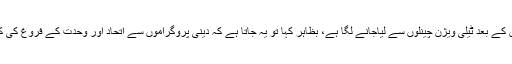
اب پاکستان میں شیعہ و سنی کے درمیان اختلاف ڈالنے کا کام منبروں کے بعد ٹیلی ویژن چینلوں سے لیاجانے لگا ہے، بظاہر کہا تو یہ جاتا ہے کہ دینی پروگراموں سے اتحاد اور وحدت کے فروغ کی کوشش کی جاتی ہے جبکہ عملا اختلاف و انتشار کو ہوا دی جاتی ہے۔